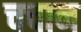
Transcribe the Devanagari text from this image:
चचान